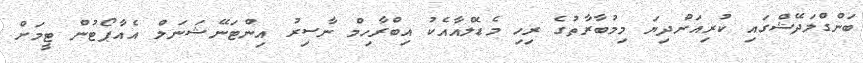
ބަންގްލަދޭޝްގައި ކުރިއަށްދިޔަ މިމުބާރާތުގެ ރިހި މެޑެލްއާއެކު އިބްރާހިމް ނާސިރު އިންޓަނޭޝަނަލް އެއާޕޯޓުން ޓީމަށް